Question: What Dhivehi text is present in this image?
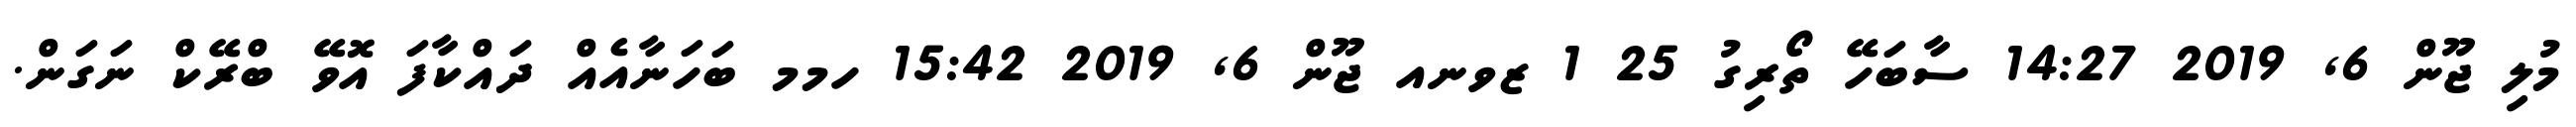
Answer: މުލި ޖޫން 6, 2019 14:27 ސާބަހޭ ތޯރިގު 25 1 ޒވނއ ޖޫން 6, 2019 15:42 ހމމ ބަހަނާއެއް ދައްކާފަ އޮވޭ ބްރޭކް ނަގަން.